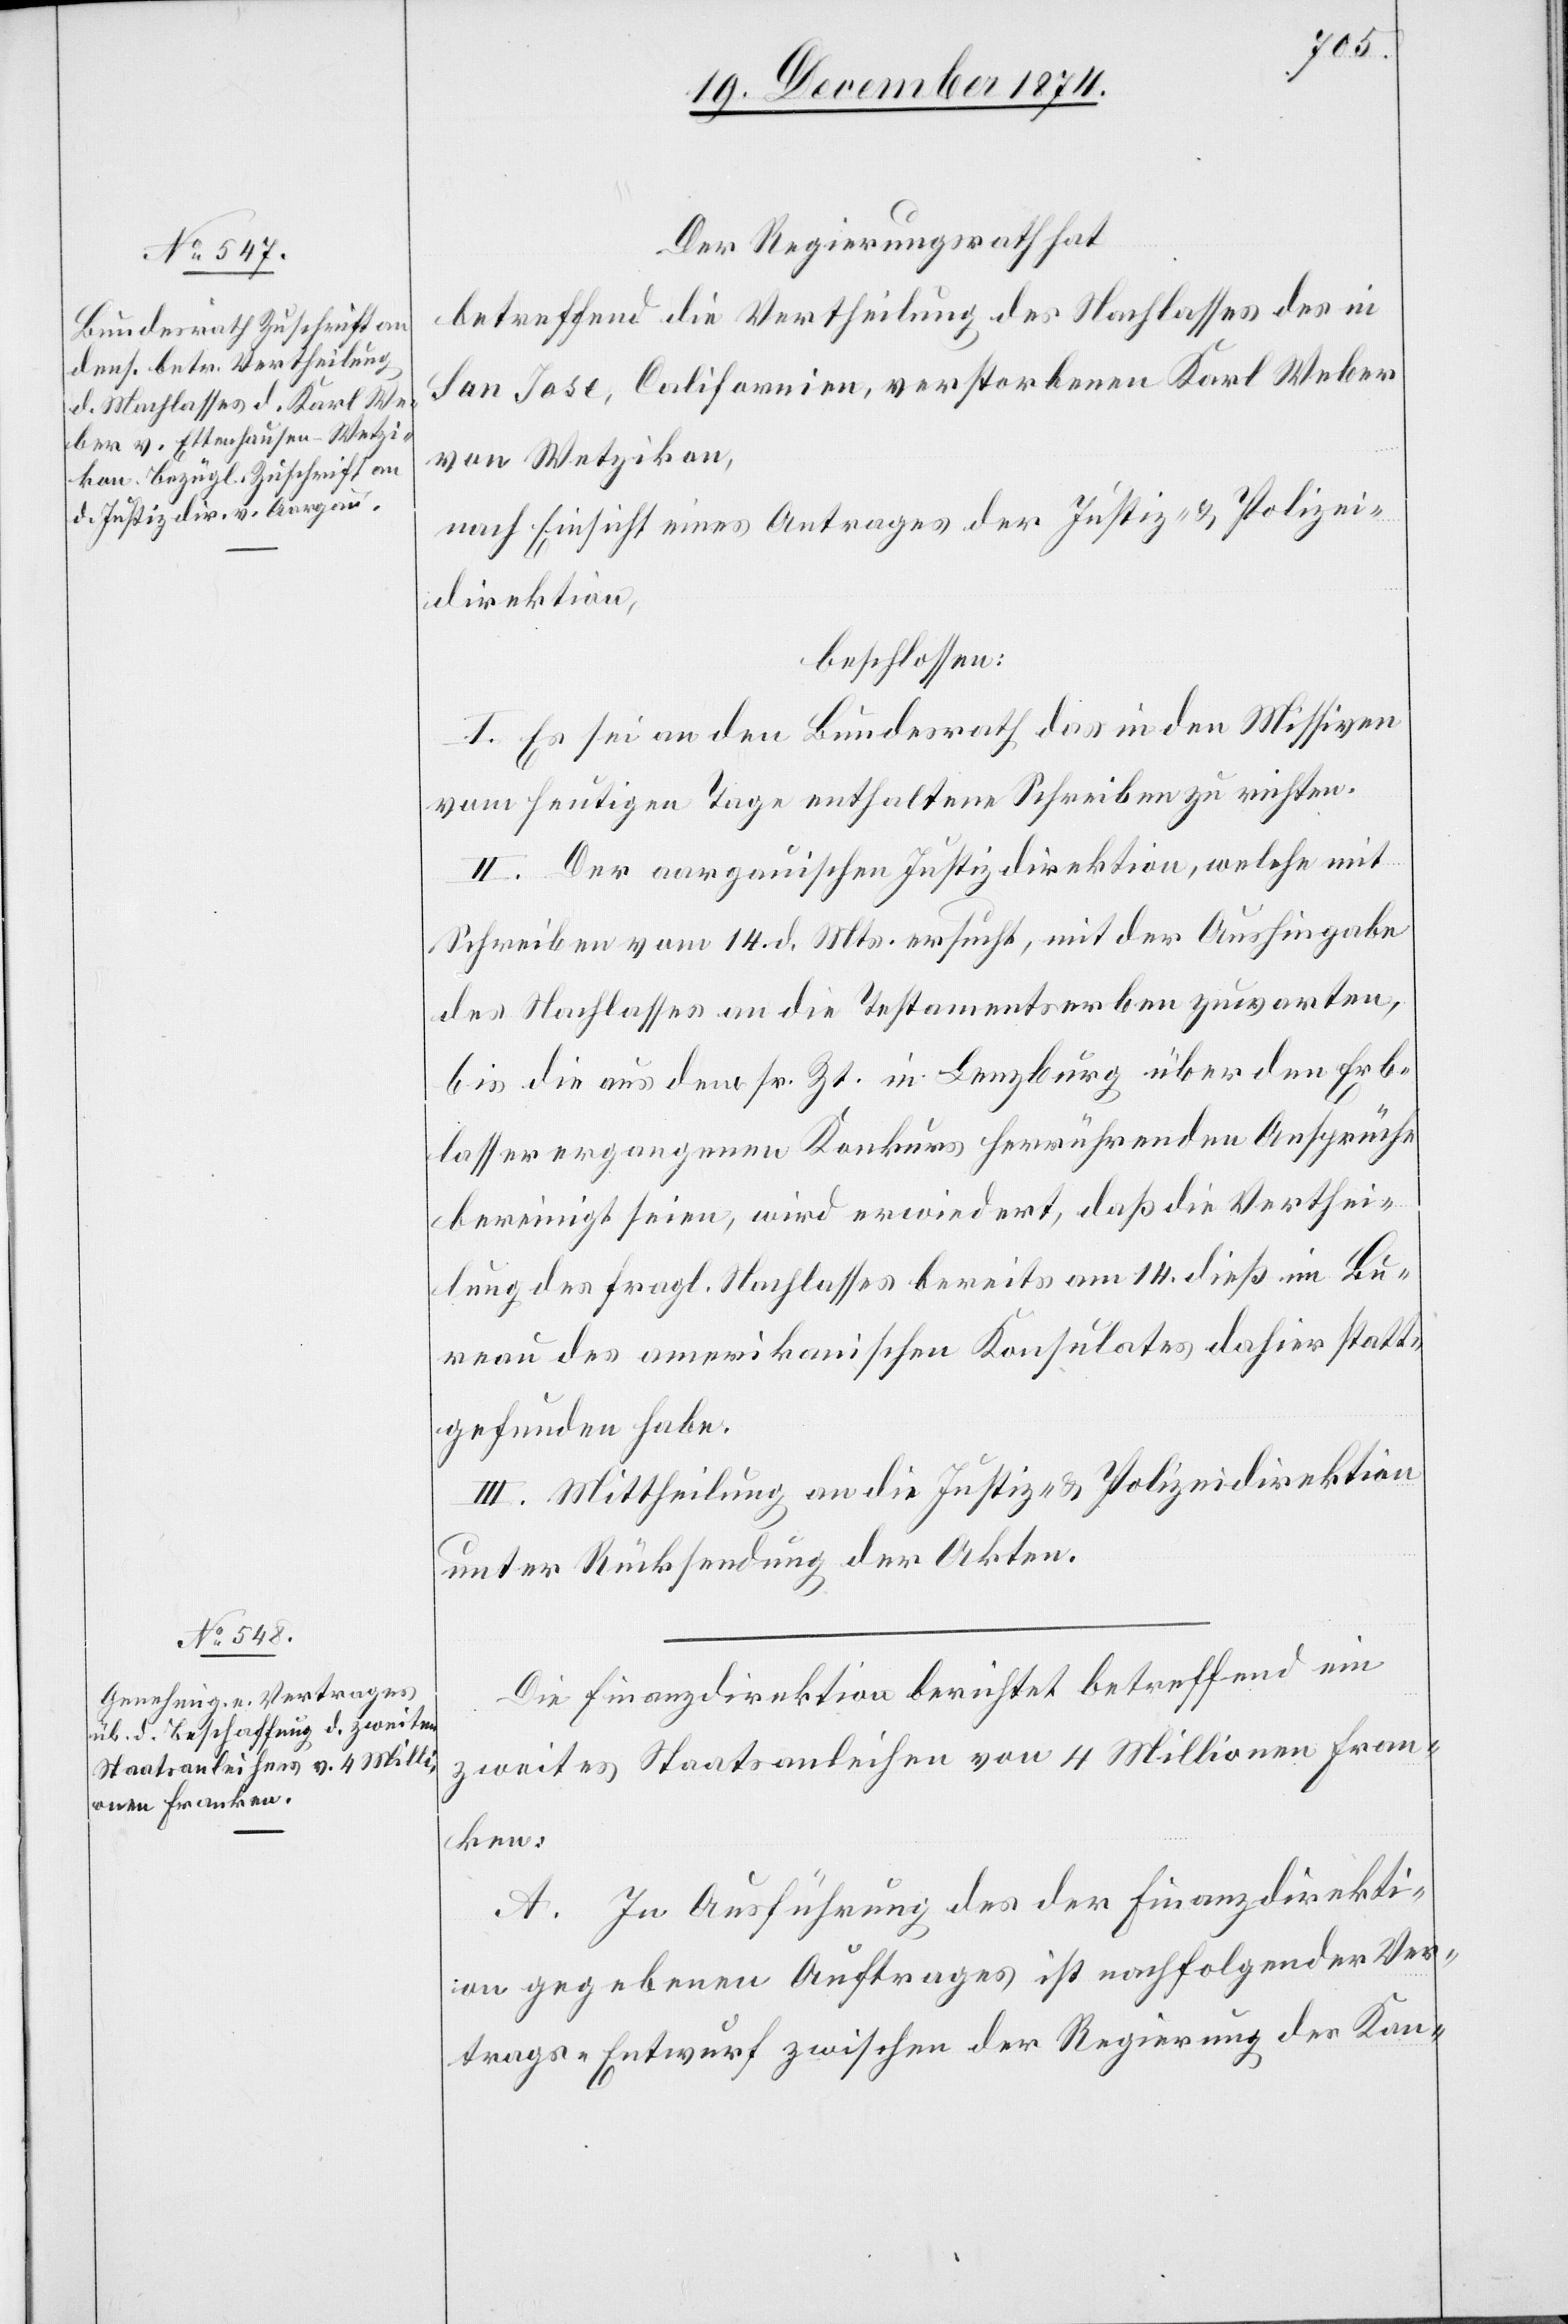
Der Regierungsrath hat,
betreffend die Vertheilung des Nachlasses des in
San Jose, Californien, verstorbenen Karl Weber
von Wetzikon,
nach Einsicht eines Antrages der Justiz- & Polizei¬
direktion,
beschlossen:
I. Es sei an den Bundesrath das in den Missiven
vom heutigen Tage enthaltene Schreiben zu richten.
II. Der aargauischen Justizdirektion, welche mit
Schreiben vom 14. d. Mts. ersucht, mit der Aushingabe
des Nachlasses an die Testamentserben zu warten,
bis die aus den sr. Zt. in Lenzburg über den Erb¬
lasser ergangenen Konkurs herrührenden Ansprüche
bereinigt seien, wird erwiedert, daß die Verthei¬
lung des fragl. Nachlasses bereits am 14. dieß im Bu¬
reau des amerikanischen Konsulates dahier statt¬
gefunden habe.
III. Mittheilung an die Justiz- & Polizeidirektion
unter Rücksendung der Akten.
Die Finanzdirektion berichtet betreffend ein
zweites Staatsanleihen von 4 Millionen Fran¬
ken:
A. In Ausführung des der Finanzdirekti¬
on gegebenen Auftrages ist nachfolgender Ver¬
trags-Entwurf zwischen der Regierung des Kan-